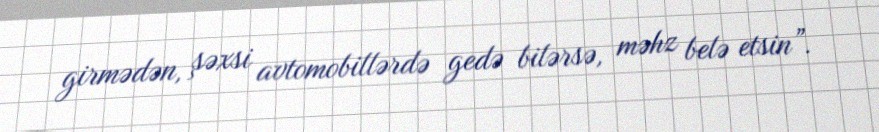
girmədən, şəxsi avtomobillərdə gedə bilərsə, məhz belə etsin”.